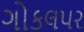
ગોકલપર